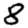
Digit: 8